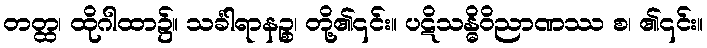
တတ္ထ၊ ထိုဂါထာ၌။ သင်္ခါရာနဉ္စ၊ တို့၏၎င်း။ ပဋိသန္ဓိဝိညာဏဿ စ၊ ၏၎င်း။